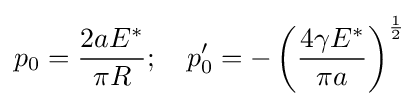
p_{0}={\frac {2aE^{*}}{\pi R}};\quad p_{0}'=-\left({\frac {4\gamma E^{*}}{\pi a}}\right)^{\frac {1}{2}}